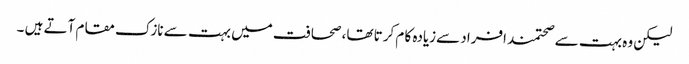
لیکن وہ بہت سے صحتمند افراد سےزیادہ کا م کرتا تھا، صحافت میں بہت سے نازک مقام آتے ہیں ۔